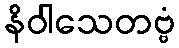
နိဝါသေတဗ္ဗံ